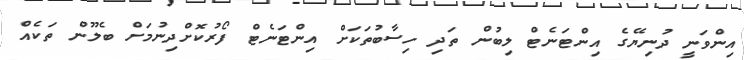
އިންވަނީ ދުނިޔޭގެ އިންޓަނެޓް ލިބުން ތަދި ހިސާބުތަކަށް އިންޓަނެޓް ފޯރުކޮށްދިނުމަށް ބެލޫން ތަކެއް